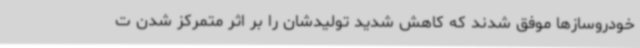
خودروسازها موفق شدند که کاهش شدید تولیدشان را بر اثر متمرکز شدن ت